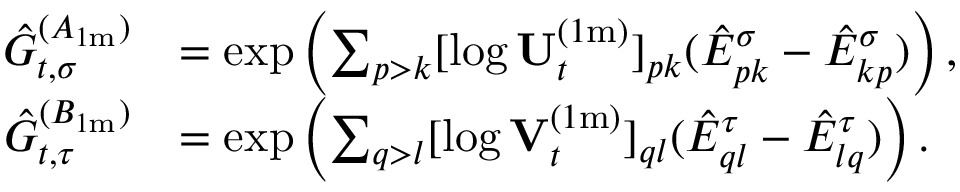
\begin{array} { r l } { \hat { G } _ { t , \sigma } ^ { ( A _ { 1 \mathrm { m } } ) } } & { = \exp \left( \sum _ { p > k } [ \log \mathbf { U } _ { t } ^ { ( 1 \mathrm { m } ) } ] _ { p k } ( \hat { E } _ { p k } ^ { \sigma } - \hat { E } _ { k p } ^ { \sigma } ) \right) , } \\ { \hat { G } _ { t , \tau } ^ { ( B _ { 1 \mathrm { m } } ) } } & { = \exp \left( \sum _ { q > l } [ \log \mathbf { V } _ { t } ^ { ( 1 \mathrm { m } ) } ] _ { q l } ( \hat { E } _ { q l } ^ { \tau } - \hat { E } _ { l q } ^ { \tau } ) \right) . } \end{array}